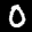
Label: 0